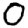
Digit: 0